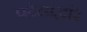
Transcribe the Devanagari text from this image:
पटेलांद्वारे